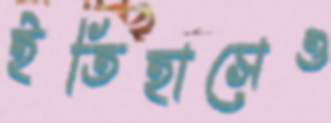
ইতিহাসেও